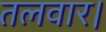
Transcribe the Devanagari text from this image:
तलवार।